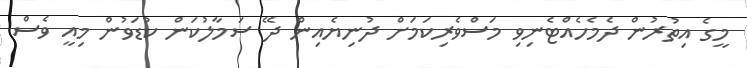
މީގެ އިތުރުން ދެމެހެއްޓެނިވި މަސްވެރިކަމަށް ދުނިޔެއިން ދޭ ސަމާލުކަން ކުޑަވުން މިއީ ވެސް